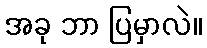
အခု ဘာ ပြမှာလဲ။